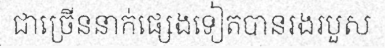
ជាច្រើននាក់ផ្សេងទៀតបានរងរបួស